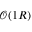
\mathcal O ( 1 R )